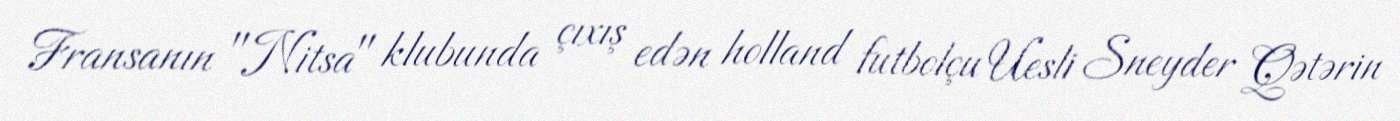
Fransanın "Nitsa" klubunda çıxış edən holland futbolçu Uesli Sneyder Qətərin